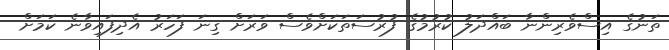
ތަނުގެ އިސްވެރިންނާ ބައްދަލު ކުރުމުގެ ފުރުސަތަކަށްވެސް ވަރަށް ގިނަ ފަހަރު އެދިފައިވާނެ ކަމަށް